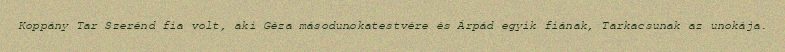
Koppány Tar Szerénd fia volt, aki Géza másodunokatestvére és Árpád egyik fiának, Tarkacsunak az unokája.